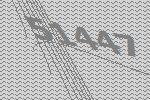
51447